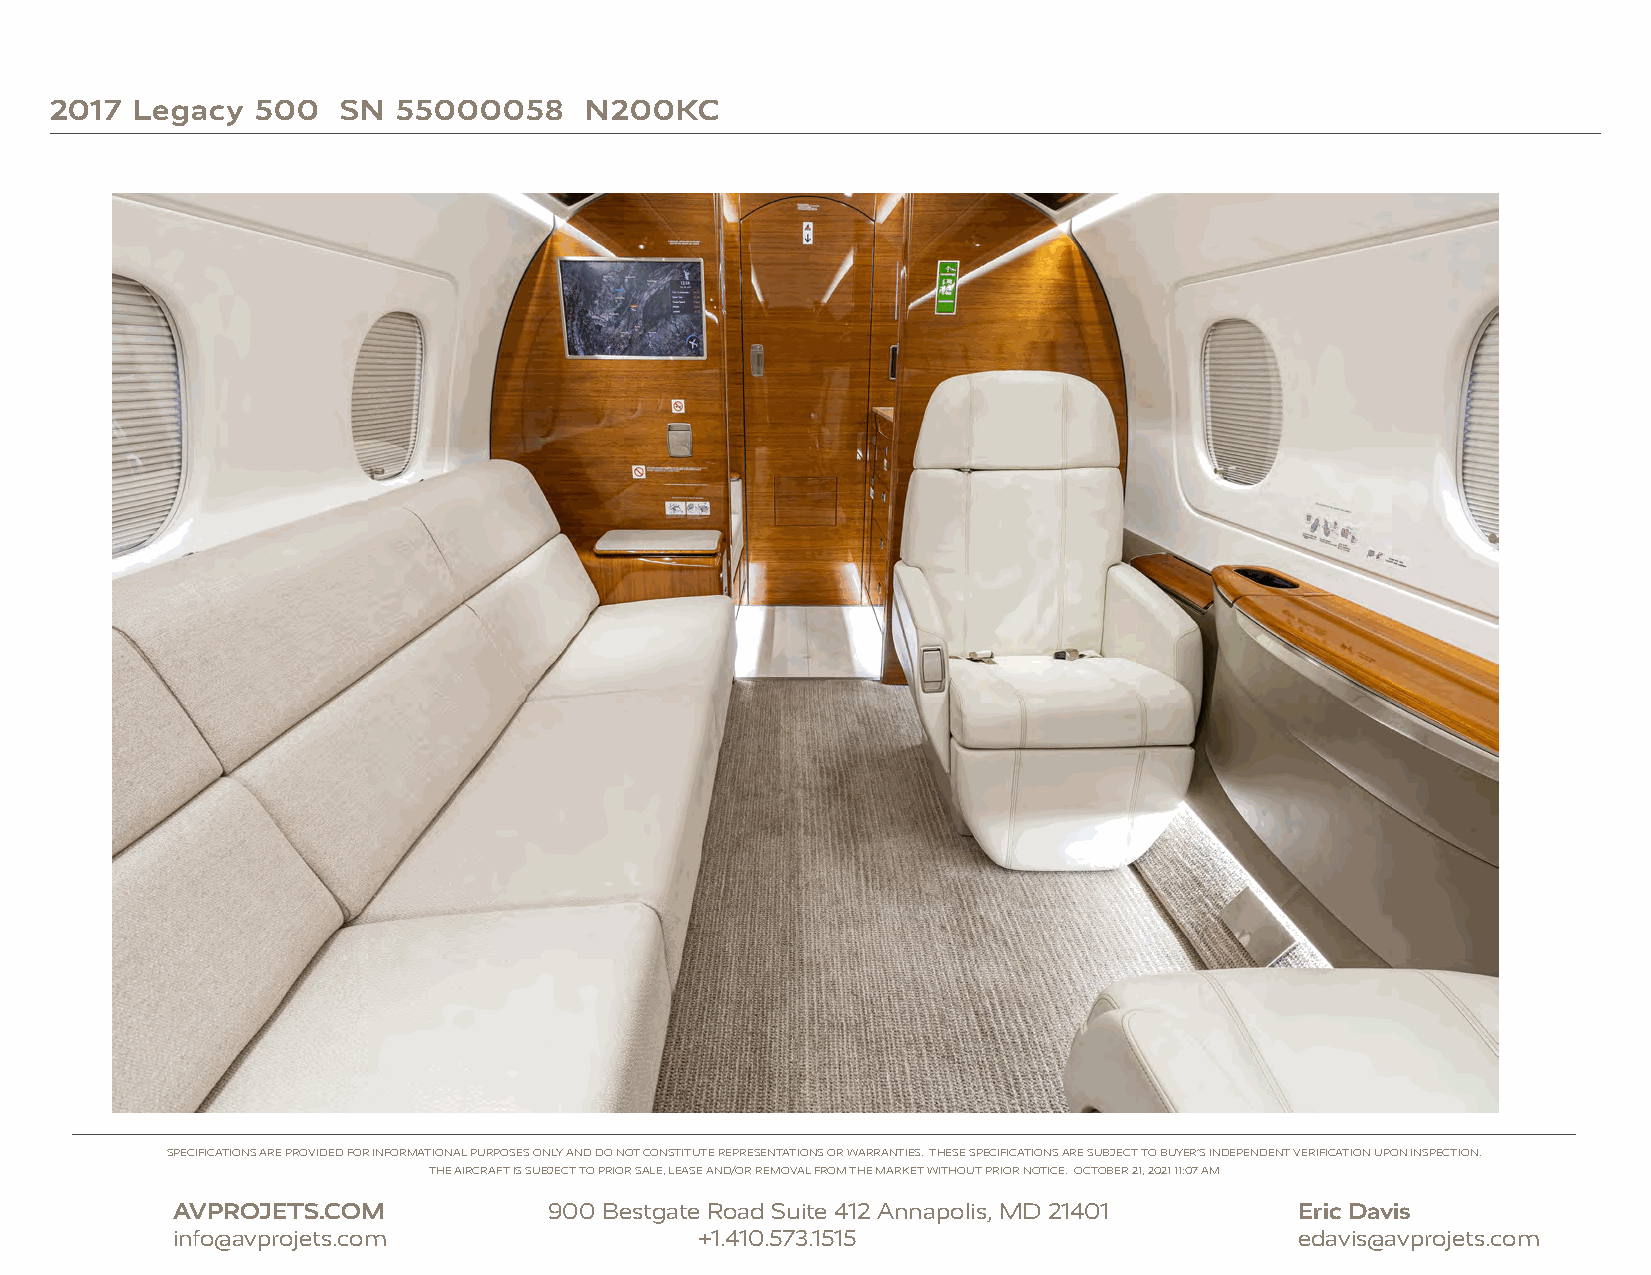
2017  Legacy  500   SN 55000058     N200KC
 SPECIFICATIONS ARE PROVIDED FOR INFORMATIONAL PURPOSES ONLY AND DO NOT CONSTITUTE REPRESENTATIONS OR WARRANTIES. THESE SPECIFICATIONS ARE SUBJECT TO BUYER’S INDEPENDENT VERIFICATION UPON INSPECTION.
 THE AIRCRAFT IS SUBJECT TO PRIOR SALE, LEASE AND/OR REMOVAL FROM THE MARKET WITHOUT PRIOR NOTICE. OCTOBER 21, 2021 11:07 AM
 AVPROJETS.COM            900 Bestgate Road Suite 412 Annapolis, MD 21401   Eric Davis
 info@avprojets.com                 +1.410.573.1515                         edavis@avprojets.com